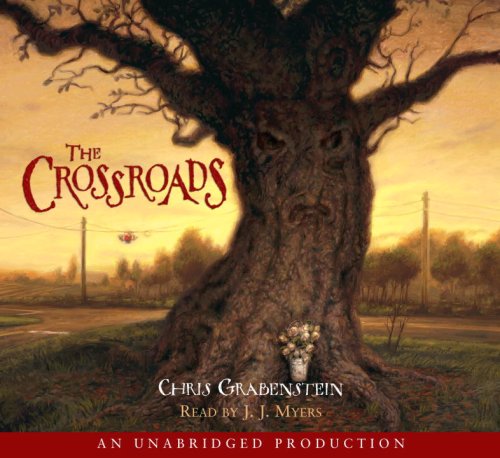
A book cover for The Crossroads; Chris Grabenstein; Christian Books & Bibles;